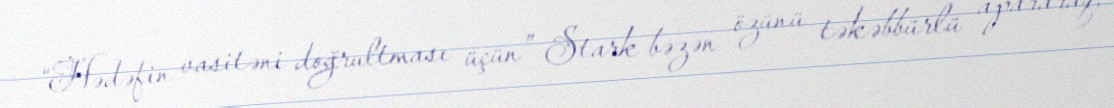
“Hədəfin vasitəni doğrultması üçün” Stark bəzən özünü təkəbbürlü apararaq,